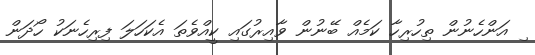
ިި އަންހެނުން ތިހުރިހާ ކަމެއް ބޭނުން ވާއިރުގައި ކީއްވެތަ އެކަހަލަ ފިރިހެނަކު ހޯދަން